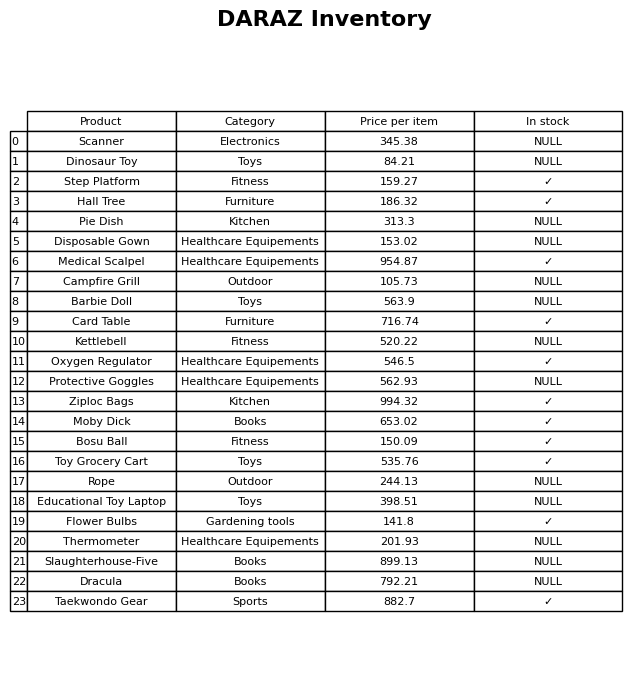
question: What is the price of the Step Platform?
answer: The price of Step Platform is 159.27.